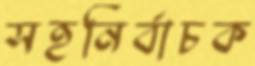
সহনির্বাচক